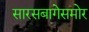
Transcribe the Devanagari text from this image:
सारसबागेसमोर